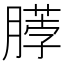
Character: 𫆲